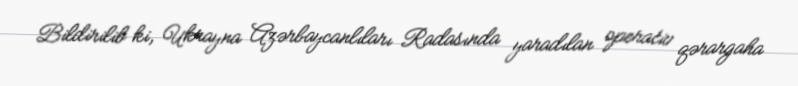
Bildirilib ki, Ukrayna Azərbaycanlıları Radasında yaradılan operativ qərargaha